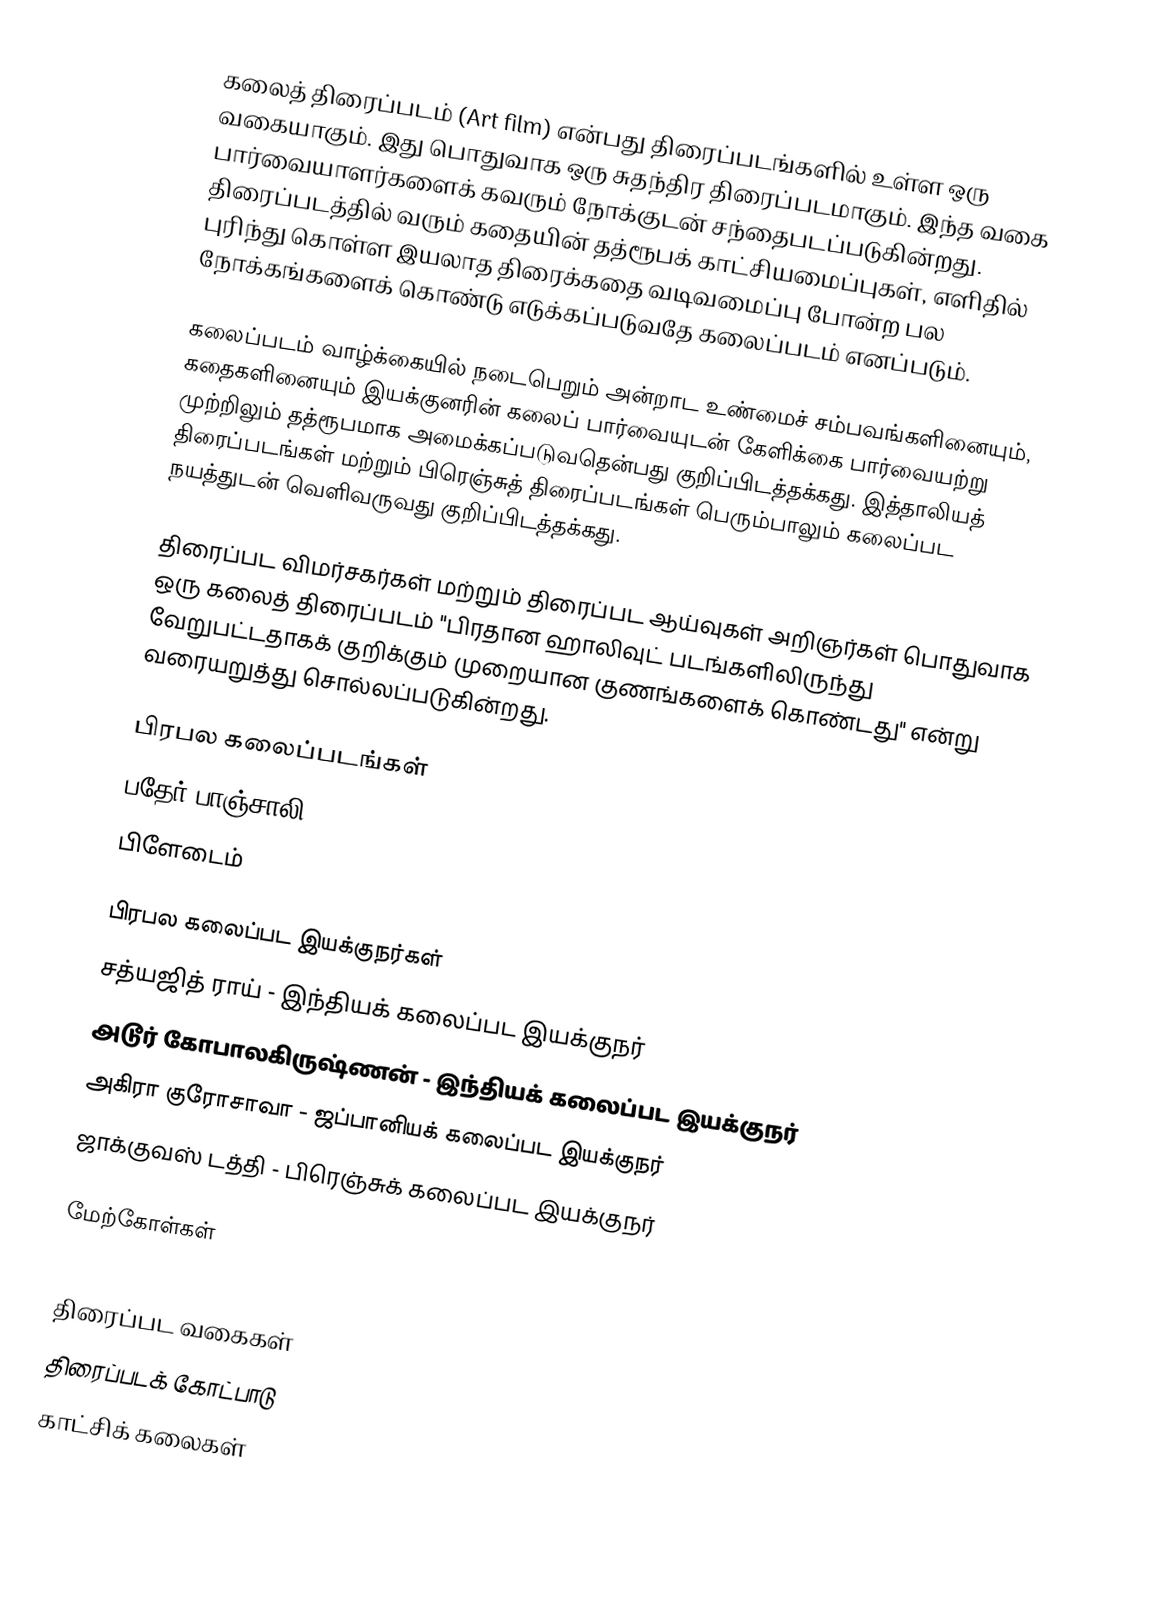
கலைத் திரைப்படம் (Art film) என்பது திரைப்படங்களில் உள்ள ஒரு வகையாகும். இது பொதுவாக ஒரு சுதந்திர திரைப்படமாகும். இந்த வகை பார்வையாளர்களைக் கவரும் நோக்குடன் சந்தைபடப்படுகின்றது. திரைப்படத்தில் வரும் கதையின் தத்ரூபக் காட்சியமைப்புகள், எளிதில் புரிந்து கொள்ள இயலாத திரைக்கதை வடிவமைப்பு போன்ற பல நோக்கங்களைக் கொண்டு எடுக்கப்படுவதே கலைப்படம் எனப்படும்.

கலைப்படம் வாழ்க்கையில் நடைபெறும் அன்றாட உண்மைச் சம்பவங்களினையும், கதைகளினையும் இயக்குனரின் கலைப் பார்வையுடன் கேளிக்கை பார்வையற்று முற்றிலும் தத்ரூபமாக அமைக்கப்படுவதென்பது குறிப்பிடத்தக்கது. இத்தாலியத் திரைப்படங்கள் மற்றும் பிரெஞ்சுத் திரைப்படங்கள் பெரும்பாலும் கலைப்பட நயத்துடன் வெளிவருவது குறிப்பிடத்தக்கது.

திரைப்பட விமர்சகர்கள் மற்றும் திரைப்பட ஆய்வுகள் அறிஞர்கள் பொதுவாக ஒரு கலைத் திரைப்படம் "பிரதான ஹாலிவுட் படங்களிலிருந்து வேறுபட்டதாகக் குறிக்கும் முறையான குணங்களைக் கொண்டது" என்று வரையறுத்து சொல்லப்படுகின்றது.

பிரபல கலைப்படங்கள்
 பதேர் பாஞ்சாலி
 பிளேடைம்

பிரபல கலைப்பட இயக்குநர்கள்
 சத்யஜித் ராய் - இந்தியக் கலைப்பட இயக்குநர்
 அடூர் கோபாலகிருஷ்ணன் - இந்தியக் கலைப்பட இயக்குநர்
 அகிரா குரோசாவா - ஜப்பானியக் கலைப்பட இயக்குநர்
 ஜாக்குவஸ் டத்தி - பிரெஞ்சுக் கலைப்பட இயக்குநர்

மேற்கோள்கள்

திரைப்பட வகைகள்
திரைப்படக் கோட்பாடு
காட்சிக் கலைகள்